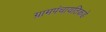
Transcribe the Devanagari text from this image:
ग्रामपंचायतिकडे